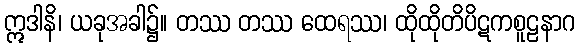
ဣဒါနိ၊ ယခုအခါ၌။ တဿ တဿ ထေရဿ၊ ထိုထိုတိပိဋကစူဠနာဂ